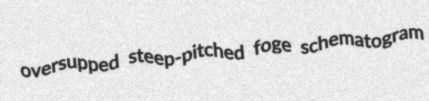
oversupped steep-pitched foge schematogram